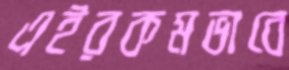
এইরকমভাবে